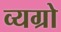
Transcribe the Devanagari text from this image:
व्यग्रो